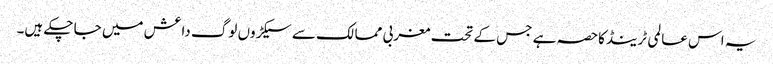
یہ اس عالمی ٹرینڈکاحصہ ہے جس کے تحت مغربی ممالک سے سیکڑوں لوگ داعش میں جا چکے ہیں۔